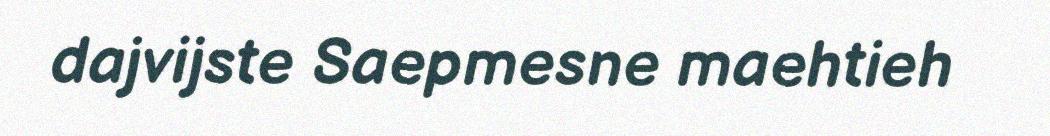
dajvijste Saepmesne maehtieh